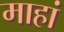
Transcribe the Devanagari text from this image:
माहां